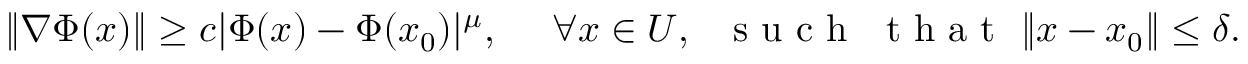
\begin{array} { r } { \| \nabla \Phi ( { \boldsymbol x } ) \| \geq c | \Phi ( { \boldsymbol x } ) - \Phi ( { \boldsymbol x } _ { 0 } ) | ^ { \mu } , \ \ \ \ \forall { \boldsymbol x } \in U , \ \ \mathrm { ~ s ~ u ~ c ~ h ~ } \ \mathrm { ~ t ~ h ~ a ~ t ~ } \ \| { \boldsymbol x } - { \boldsymbol x } _ { 0 } \| \leq \delta . } \end{array}